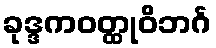
ခုဒ္ဒကဝတ္ထုဝိဘင်္ဂ